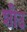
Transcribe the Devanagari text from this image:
शीउ